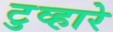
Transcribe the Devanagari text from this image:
टुव्हारे